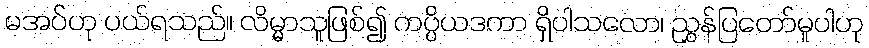
မအပ်ဟု ပယ်ရသည်။ လိမ္မာသူဖြစ်၍ ကပ္ပိယဒကာ ရှိပါသလော၊ ညွှန်ပြတော်မူပါဟု